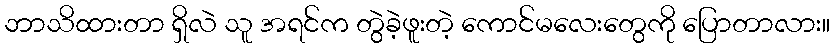
ဘာသိထားတာ ရှိလဲ သူ အရင်က တွဲခဲ့ဖူးတဲ့ ကောင်မလေးတွေကို ပြောတာလား။